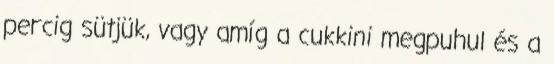
percig sütjük, vagy amíg a cukkini megpuhul és a